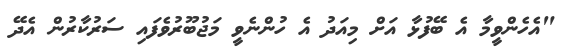
"އެހެންވީމާ އެ ބޭފުޅާ އަށް މިއަދު އެ ހުންނެވީ މަޖުބޫރުވެފައި ސަރުކާރުން އެދޭ